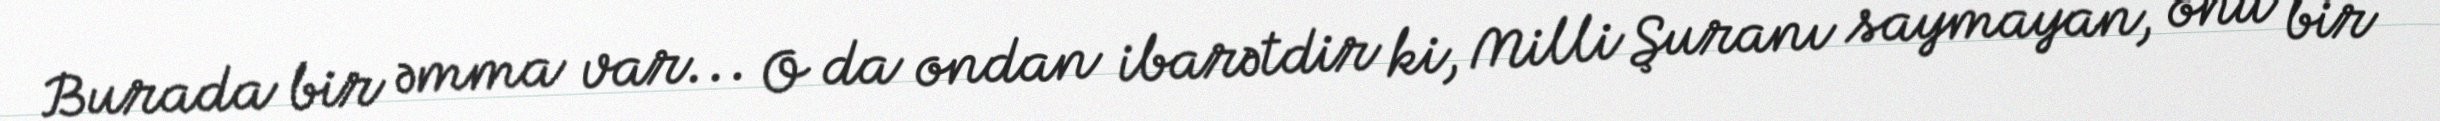
Burada bir əmma var... O da ondan ibarətdir ki, Milli Şuranı saymayan, onu bir